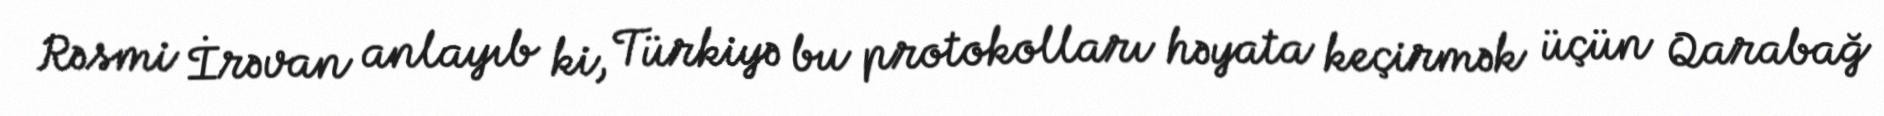
Rəsmi İrəvan anlayıb ki, Türkiyə bu protokolları həyata keçirmək üçün Qarabağ